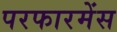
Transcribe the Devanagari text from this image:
परफारमेंस